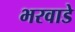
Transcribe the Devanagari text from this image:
भरवाडे